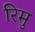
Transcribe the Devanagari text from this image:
रिमु